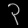
Digit: ၃